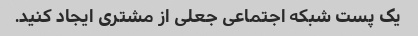
یک پست شبکه اجتماعی جعلی از مشتری ایجاد کنید.